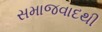
સમાજવાદથી